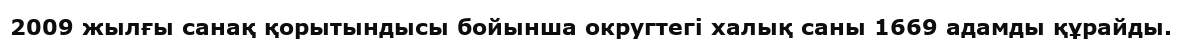
2009 жылғы санақ қорытындысы бойынша округтегі халық саны 1669 адамды құрайды.